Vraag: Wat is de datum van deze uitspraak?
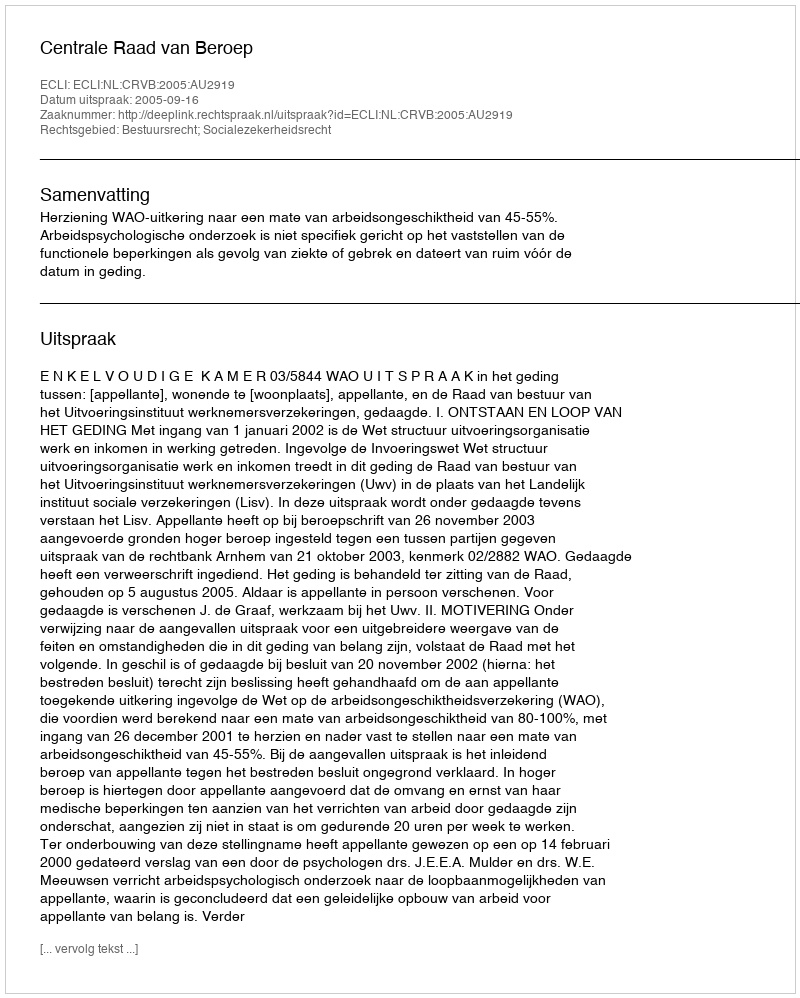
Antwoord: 2005-09-16